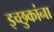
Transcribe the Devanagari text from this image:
इच्छुकांना